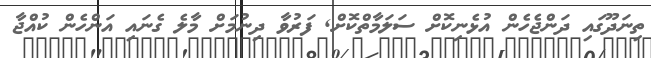
ތިނަދޫގައި ދަންޖެހެން އުޅެނިކޮށް ސަލަމާތްކޮށް